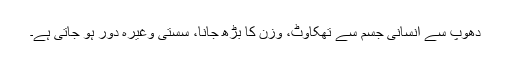
دھوپ سے انسانی جسم سے تھکاوٹ، وزن کا بڑھ جانا، سستی وغیرہ دور ہو جاتی ہے۔